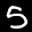
Label: 5